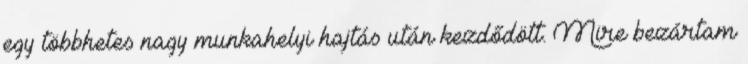
egy többhetes nagy munkahelyi hajtás után kezdődött. Mire bezártam